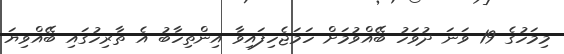
މިމަހުގެ 19 ވަނަ ދުވަހު ބޭއްވުމަށް ހަމަޖެހިފައިވާ އިންތިހާބު އެ ތާރިހުގައި ބޭއްވިޔަ